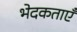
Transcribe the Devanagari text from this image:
भेदकताएँ